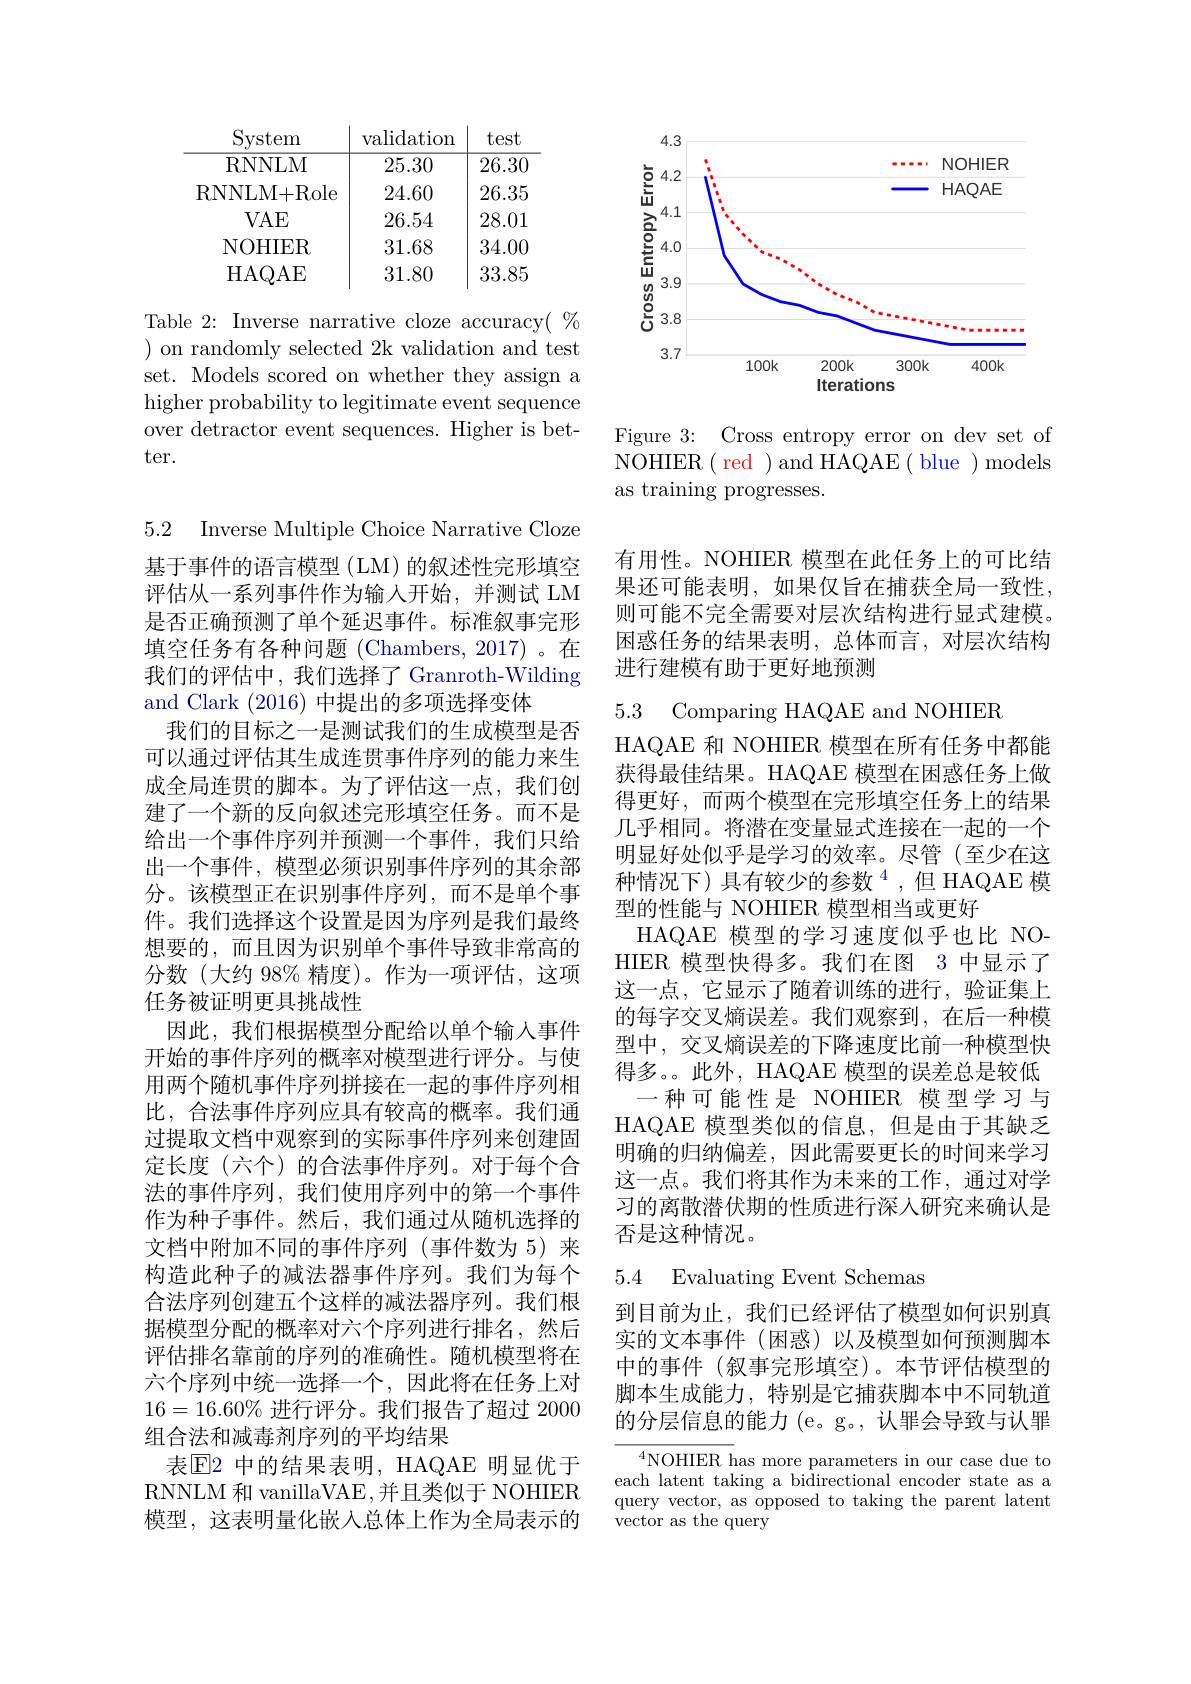
<table>
	<tbody>
		<tr>
			<th>System</th>
			<th>$\operatorname{validation}$</th>
			<th>test</th>
		</tr>
		<tr>
			<td>RNNLM</td>
			<td>25.30</td>
			<td>26.30</td>
		</tr>
		<tr>
			<td>RNNLM+Role</td>
			<td>24.60</td>
			<td>26.35</td>
		</tr>
		<tr>
			<td>$VAE$</td>
			<td>26.54</td>
			<td>28.01</td>
		</tr>
		<tr>
			<td>NOHIER</td>
			<td>31.68</td>
			<td>34.00</td>
		</tr>
		<tr>
			<td>HAQAE</td>
			<td>31.80</td>
			<td>33.85</td>
		</tr>
	</tbody>
</table>

Table 2: Inverse narrative cloze accuracy( $\%$ ${\text{) on randomly selected 2k validation and test}}$ set. Models scored on whether they assign a higher probability to legitimate event sequence over detractor event sequences. Higher is better.

5.2 Inverse Multiple Choice Narrative Cloze

基于事件的语言模型 (LM) 的叙述性完形填空评估从一系列事件作为输入开始，并测试 LM 是否正确预测了单个延迟事件。标准叙事完形填空任务有各种问题(Chambers,2017)。在我们的评估中，我们选择了 Granroth-Wilding and Clark (2016) 中提出的多项选择变体
我们的目标之一是测试我们的生成模型是否可以通过评估其生成连贯事件序列的能力来生成全局连贯的脚本。为了评估这一点，我们创建了一个新的反向叙述完形填空任务。而不是给出一个事件序列并预测一个事件，我们只给出一个事件，模型必须识别事件序列的其余部分。该模型正在识别事件序列，而不是单个事件。我们选择这个设置是因为序列是我们最终想要的，而且因为识别单个事件导致非常高的分数(大约 98% 精度)。作为一项评估，这项任务被证明更具挑战性
因此，我们根据模型分配给以单个输入事件开始的事件序列的概率对模型进行评分。与使用两个随机事件序列拼接在一起的事件序列相比，合法事件序列应具有较高的概率。我们通过提取文档中观察到的实际事件序列来创建固定长度(六个)的合法事件序列。对于每个合法的事件序列，我们使用序列中的第一个事件作为种子事件。然后，我们通过从随机选择的文档中附加不同的事件序列(事件数为 5)来构造此种子的减法器事件序列。我们为每个合法序列创建五个这样的减法器序列。我们根据模型分配的概率对六个序列进行排名，然后评估排名靠前的序列的准确性。随机模型将在六个序列中统一选择一个，因此将在任务上对$16=16.60\%$进行评分。我们报告了超过 2000组合法和减毒剂序列的平均结果
表$\overline{\mathrm{E}}$2 中的结果表明，HAQAE 明显优于RNNLM 和 vanillaVAE ,并且类似于 NOHIER 模型，这表明量化嵌入总体上作为全局表示的

<FigureHere>

Figure 3: Cross entropy error on dev set of NOHIER( red ) and HAQAE( blue ) models as training progresses.

有用性。NOHIER 模型在此任务上的可比结果还可能表明，如果仅旨在捕获全局一致性， 则可能不完全需要对层次结构进行显式建模。困惑任务的结果表明，总体而言，对层次结构进行建模有助于更好地预测

5.3 Comparing HAQAE and NOHIER

HAQAE 和 NOHIER 模型在所有任务中都能获得最佳结果。HAQAE 模型在困惑任务上做得更好，而两个模型在完形填空任务上的结果几乎相同。将潜在变量显式连接在一起的一个明显好处似乎是学习的效率。尽管(至少在这种情况下)具有较少的参数$^{4}$,但 HAQAE 模型的性能与 NOHIER 模型相当或更好
HAQAE 模型的学习速度似乎也比 NOHIER 模型快得多。我们在图 3 中显示了这一点，它显示了随着训练的进行，验证集上的每字交叉熵误差。我们观察到，在后一种模型中，交叉熵误差的下降速度比前一种模型快得多。此外，HAQAE 模型的误差总是较低
一种可能性是 NOHIER 模型学习与HAQAE 模型类似的信息，但是由于其缺乏明确的归纳偏差，因此需要更长的时间来学习这一点。我们将其作为未来的工作，通过对学习的离散潜伏期的性质进行深入研究来确认是否是这种情况。

## 5.4 Evaluating Event Schemas

到目前为止，我们已经评估了模型如何识别真实的文本事件(困惑)以及模型如何预测脚本中的事件(叙事完形填空)。本节评估模型的脚本生成能力，特别是它捕获脚本中不同轨道的分层信息的能力 (e。g。, 认罪会导致与认罪

${\overline{{^4}\text{NOHIER has more parameters in our case due to}}}$ each latent taking a bidirectional encoder state as a query vector, as opposed to taking the parent latent ${\mathrm{vector~as~the~query}}^{\mathrm{qacrg}}$